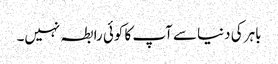
باہر کی دنیا سے آپ کا کوئی رابطہ نہیں۔